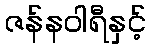
ဇန်နဝါရီနှင့်